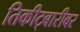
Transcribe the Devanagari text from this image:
तिकीट्बारीवर